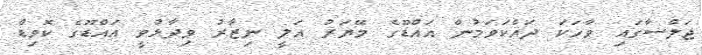
ޖަލްސާގައި ވާހަކަ ދައްކަވަމުން އައްޑޫގެ މޭޔަރު އަލީ ނިޒާރު ވިދާޅުވީ އައްޑޫގެ ކޮވިޑް